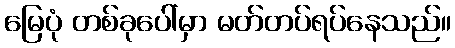
မြေပုံ တစ်ခုပေါ်မှာ မတ်တပ်ရပ်နေသည်။